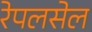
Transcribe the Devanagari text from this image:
रेपलसेल